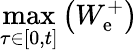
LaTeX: \operatorname*{max}_{\tau\in\left[0,t\right]}\left(W_{\mathrm{e}}^{+}\right)